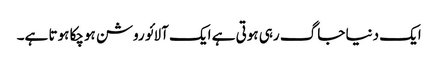
ایک دنیا جاگ رہی ہوتی ہے ایک آلائو روشن ہوچکا ہوتا ہے۔